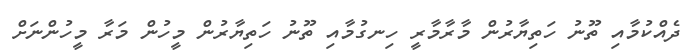
ދެއްކުމާއި ތޫނު ހަތިޔާރުން މާރާމާރީ ހިނގުމާއި ތޫނު ހަތިޔާރުން މީހުން މަރާ މީހުންނަށް